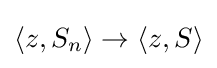
\langle z,S_{n}\rangle \to \langle z,S\rangle